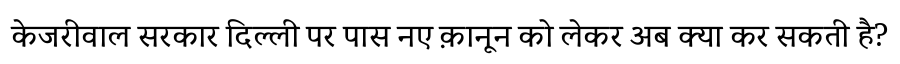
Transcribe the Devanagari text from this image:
केजरीवाल सरकार दिल्ली पर पास नए क़ानून को लेकर अब क्या कर सकती है?